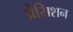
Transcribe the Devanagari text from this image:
प्रेसिशन